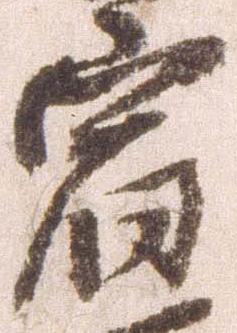
宿